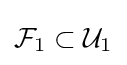
{\mathcal {F}}_{1}\subset {\mathcal {U}}_{1}